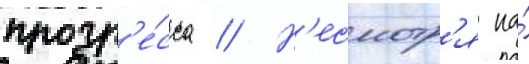
прогр'е́сса // Н'есмотр'я на́